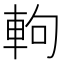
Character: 軥